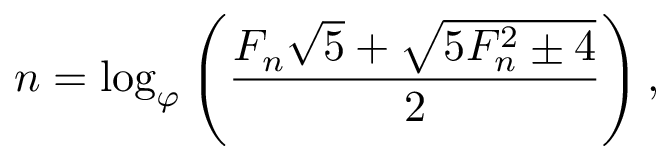
n = \log _ { \varphi } \left( { \frac { F _ { n } { \sqrt { 5 } } + { \sqrt { 5 F _ { n } ^ { 2 } \pm 4 } } } { 2 } } \right) ,